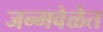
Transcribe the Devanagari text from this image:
जन्मवेळेत